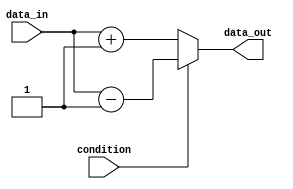
module if_else_statement (
    input wire condition,
    input wire data_in,
    output reg data_out
);

always @(*) begin
    if (~condition) begin
        // If condition is false
        data_out = data_in + 1;
    end
    else begin
        // If condition is true
        data_out = data_in - 1;
    end
end

endmodule